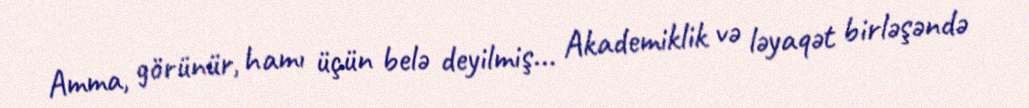
Amma, görünür, hamı üçün belə deyilmiş... Akademiklik və ləyaqət birləşəndə